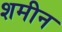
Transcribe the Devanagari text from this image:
शमीन